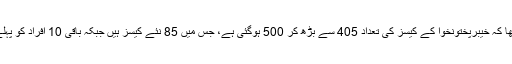
سماجی رابطوں کی ویب سائٹ پر انہوں نے لکھا کہ خیبرپختونخوا کے کیسز کی تعداد 405 سے بڑھ کر 500 ہوگئی ہے، جس میں 85 نئے کیسز ہیں جبکہ باقی 10 افراد کو پہلے رپورٹ کیے گئے ڈیٹا میں شامل کیا گیا ہے۔